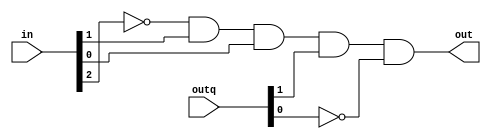
module outputlogic_mealy(out,in,outq);
	output wire out;
	input wire [1:0] outq;
	input wire [2:0] in;
	wire [2:0]in_bar;
	wire [1:0]outq_bar;
	not notq(outq_bar[0],outq[0]);
	not notin(in_bar[2],in[2]);
	and and1(out,in_bar[2],in[1],in[0],outq[1],outq_bar[0]);
	
endmodule